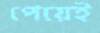
পেয়েই